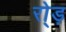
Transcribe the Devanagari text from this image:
रो्ड़